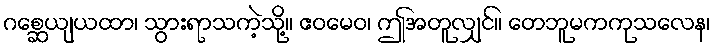
ဂစ္ဆေယျယထာ၊ သွားရာသကဲ့သို့။ ဧဝမေဝ၊ ဤအတူလျှင်။ တေဘူမကကုသလေန၊